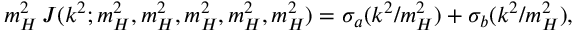
m _ { H } ^ { 2 } \, J ( k ^ { 2 } ; m _ { H } ^ { 2 } , m _ { H } ^ { 2 } , m _ { H } ^ { 2 } , m _ { H } ^ { 2 } , m _ { H } ^ { 2 } ) = \sigma _ { a } ( k ^ { 2 } / m _ { H } ^ { 2 } ) + \sigma _ { b } ( k ^ { 2 } / m _ { H } ^ { 2 } ) ,